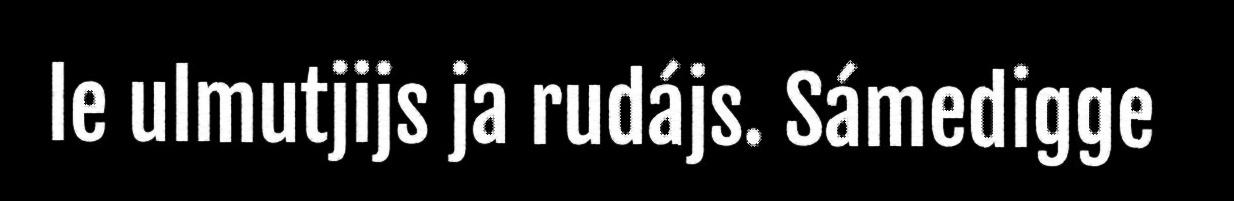
le ulmutjijs ja rudájs. Sámedigge